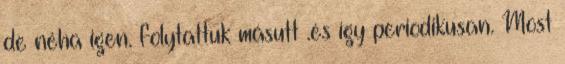
de néha igen. folytattuk másutt .és így periodikusan. Most